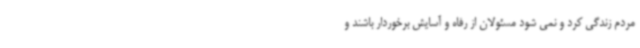
مردم زندگی کرد و نمی شود مسئولان از رفاه و آسایش برخوردار باشند و